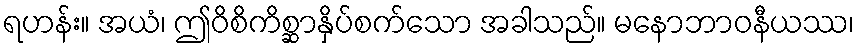
ရဟန်း။ အယံ၊ ဤဝိစိကိစ္ဆာနှိပ်စက်သော အခါသည်။ မနောဘာဝနီယဿ၊